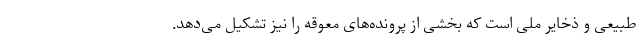
طبیعی و ذخایر ملی است که بخشی از پرونده‌های معوقه را نیز تشکیل می‌دهد.